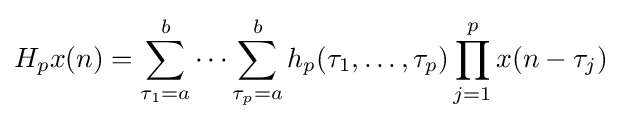
H_{p}x(n)=\sum _{\tau _{1}=a}^{b}\cdots \sum _{\tau _{p}=a}^{b}h_{p}(\tau _{1},\dots ,\tau _{p})\prod _{j=1}^{p}x(n-\tau _{j})